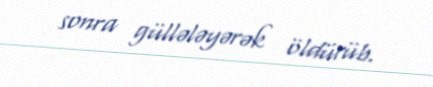
sonra güllələyərək öldürüb.